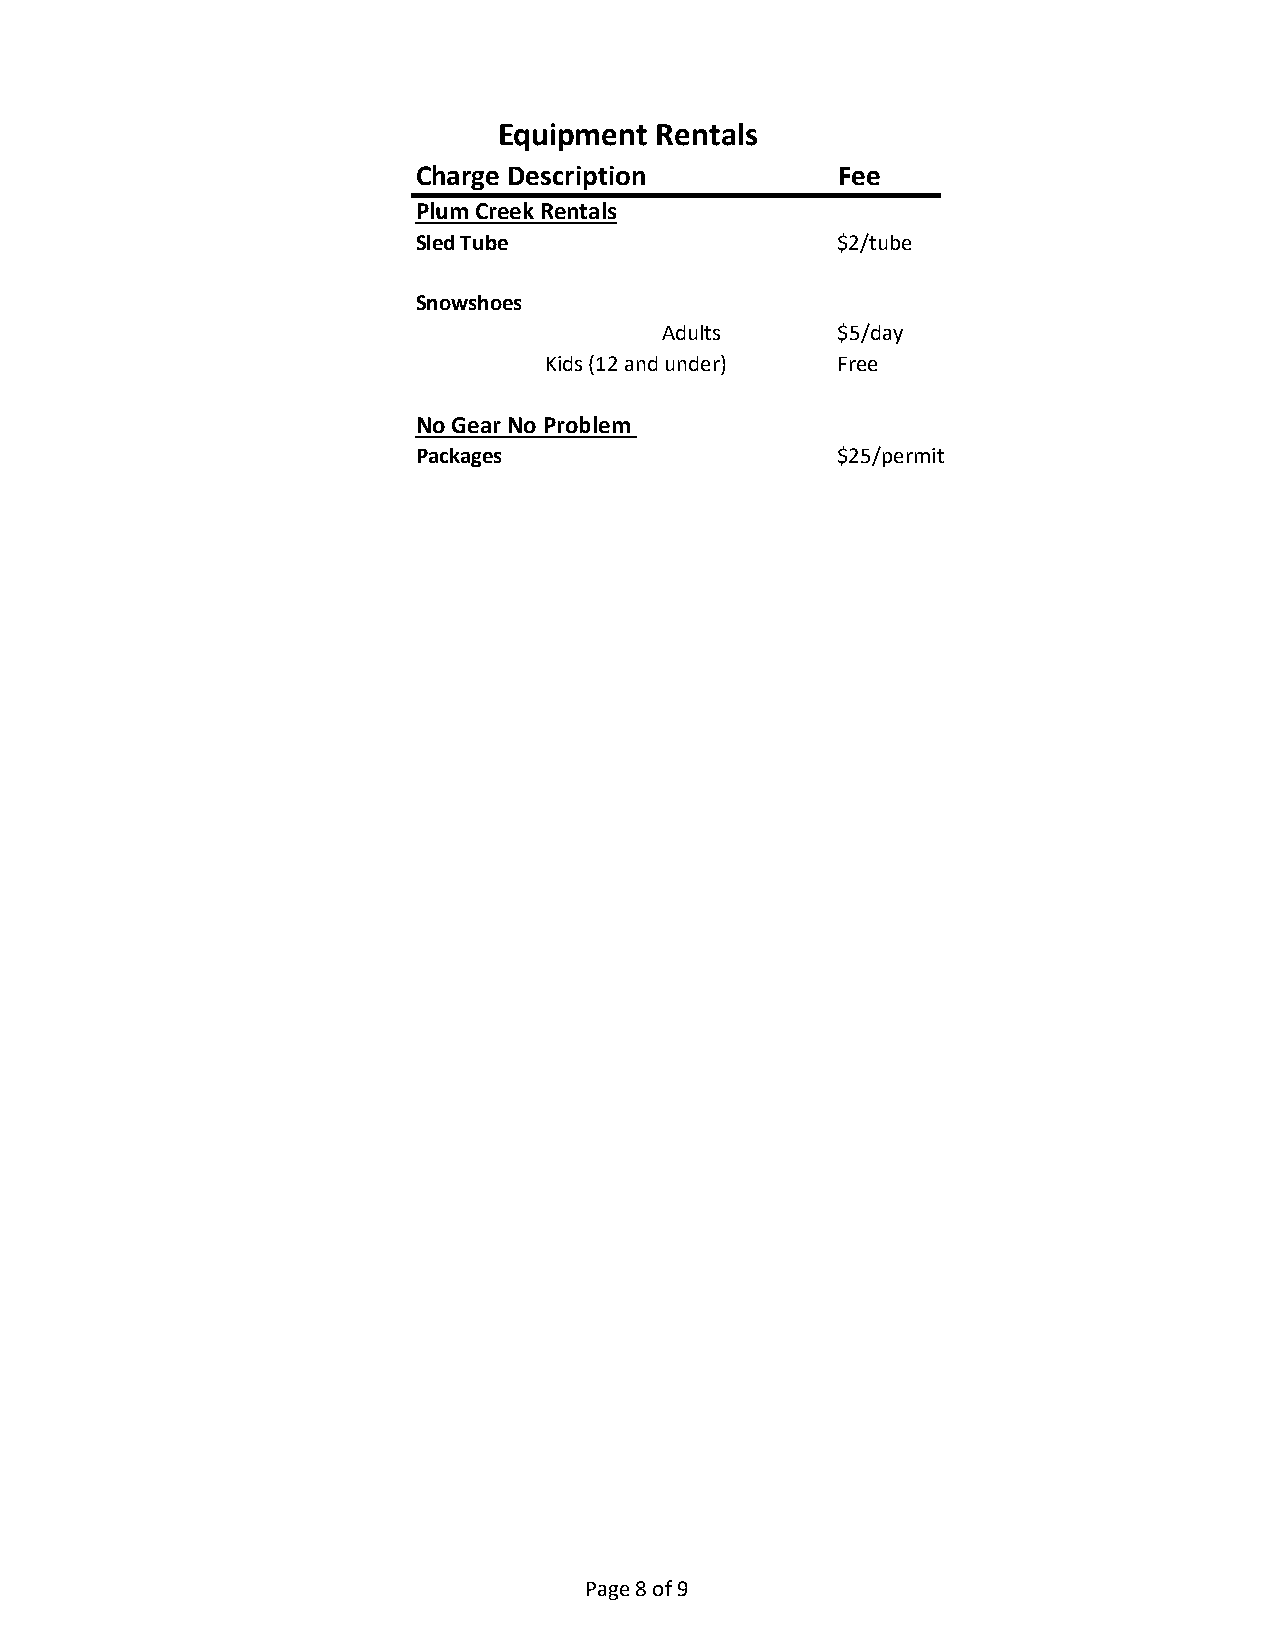
Equipment Rentals
 Charge Description         Fee
 Plum Creek Rentals
 Sled Tube                  $2/tube
 Snowshoes
 Adults     $5/day
 Kids (12 and under) Free
 No Gear No Problem
 Packages                   $25/permit
 Page 8 of 9